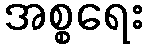
အစ္စရေး